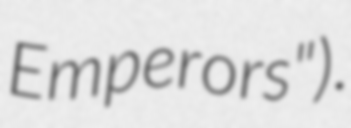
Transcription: Emperors").